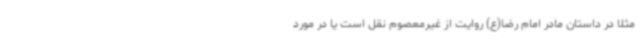
مثلاً در داستان مادر امام رضا(ع) روایت از غیرمعصوم نقل است یا در مورد